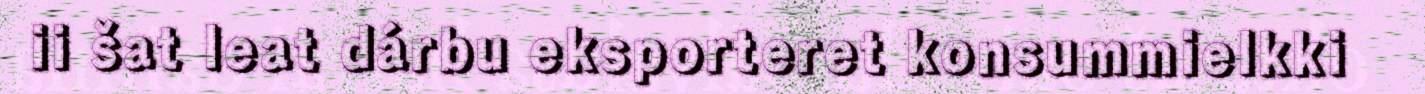
ii šat leat dárbu eksporteret konsummielkki